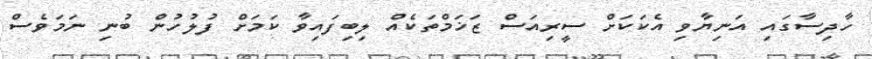
ހާދިސާގައި އަނިޔާވި އެކަކަށް ސީރިއަސް ޒަޚަމްތަކެއް ލިބިފައިވާ ކަމަށް ފުލުހުން ބުނި ނަމަވެސް